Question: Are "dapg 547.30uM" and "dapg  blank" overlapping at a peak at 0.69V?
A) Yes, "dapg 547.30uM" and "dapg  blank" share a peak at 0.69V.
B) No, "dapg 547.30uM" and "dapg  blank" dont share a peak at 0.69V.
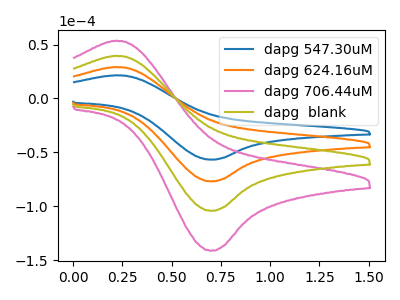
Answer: <think>The blue curve "dapg 547.30uM" has an anodic peak at (0.20V, 21.50uA) and a cathodic peak at (0.70V, -56.65uA). The orange curve "dapg 624.16uM" has an anodic peak at (0.20V, 29.15uA) and a cathodic peak at (0.70V, -76.80uA). The pink curve "dapg 706.44uM" has an anodic peak at (0.20V, 87.40uA) and a cathodic peak at (0.70V, -230.40uA). The olive curve "dapg  blank" has an anodic peak at (0.20V, 58.25uA) and a cathodic peak at (0.70V, -153.60uA).</think>
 <answer>A) Yes, "dapg 547.30uM" and "dapg  blank" share a peak at 0.69V.</answer>
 <eval>A</eval>